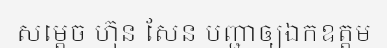
សម្តេច ហ៊ុន សែន បញ្ជាឲ្យឯកឧត្តម